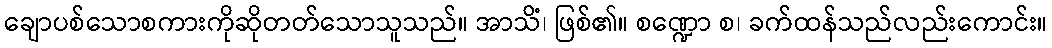
ချောပစ်သောစကားကိုဆိုတတ်သောသူသည်။ အာသိံ၊ ဖြစ်၏။ စဏ္ဍော စ၊ ခက်ထန်သည်လည်းကောင်း။